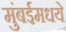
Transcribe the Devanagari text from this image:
मुंबईमधये